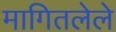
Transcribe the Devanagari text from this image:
मागितलेले